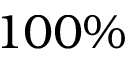
1 0 0 \%